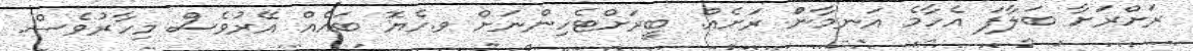
ރަށްރަށާ ބަލާފަ އެހާމެ އަނމާންް ރަށެއް. ބީރަށްޓެހިންނަށް ވ.ހެޔޮ ބައެއް އޭރުވެސް މިހާރުވެސް.